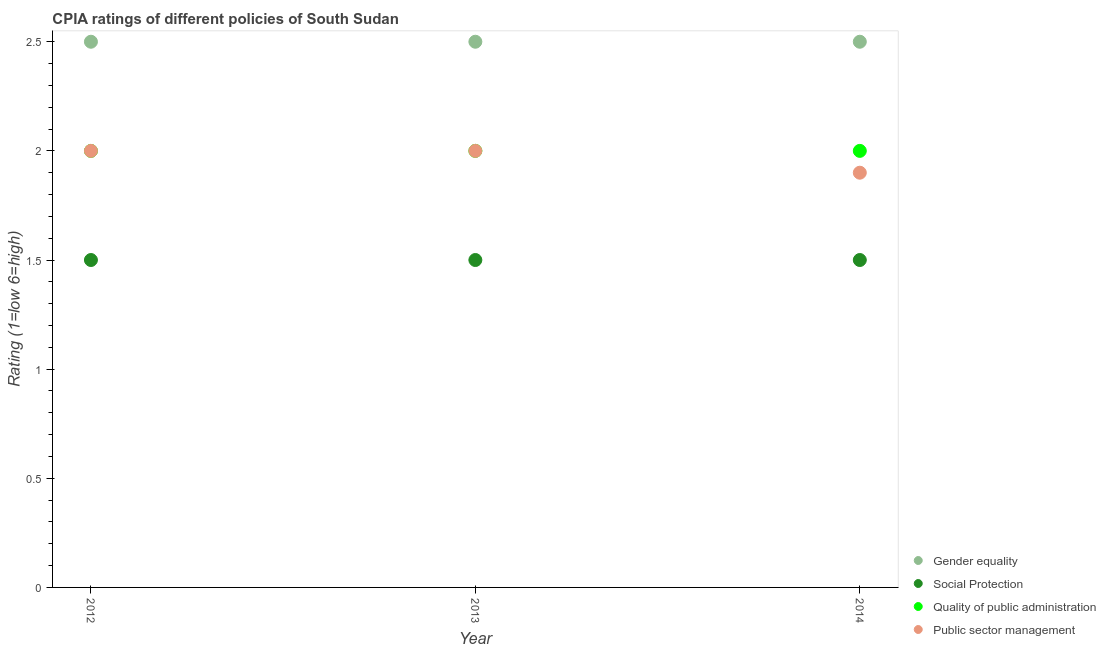
| Year | Gender equality | Social Protection | Quality of public administration | Public sector management |
 | --- | --- | --- | --- | --- |
 | 2012 | 2.5 | 1.5 | 2 | 2 |
 | 2013 | 2.5 | 1.5 | 2 | 2 |
 | 2014 | 2.5 | 1.5 | 2 | 1.9 |